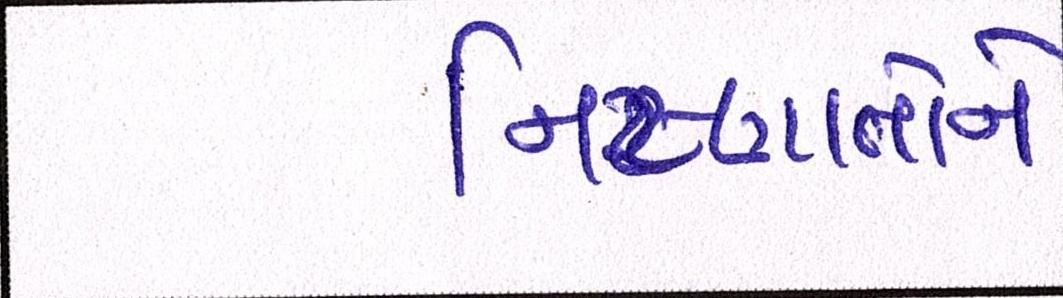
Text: નિષ્ણાતોને